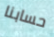
حسابنا